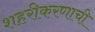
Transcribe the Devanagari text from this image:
शहरीकरणाची